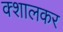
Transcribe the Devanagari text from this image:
क्शालकर